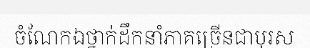
ចំណែកឯថ្នាក់ដឹកនាំភាគច្រើនជាបុរស